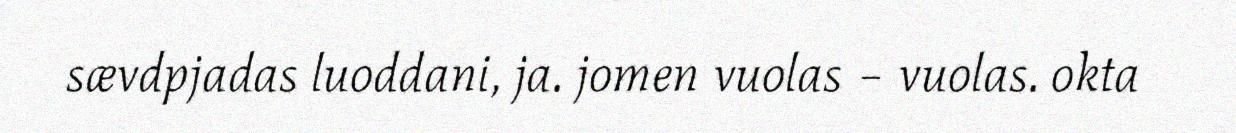
sævdpjadas luoddani, ja. jomen vuolas – vuolas. okta